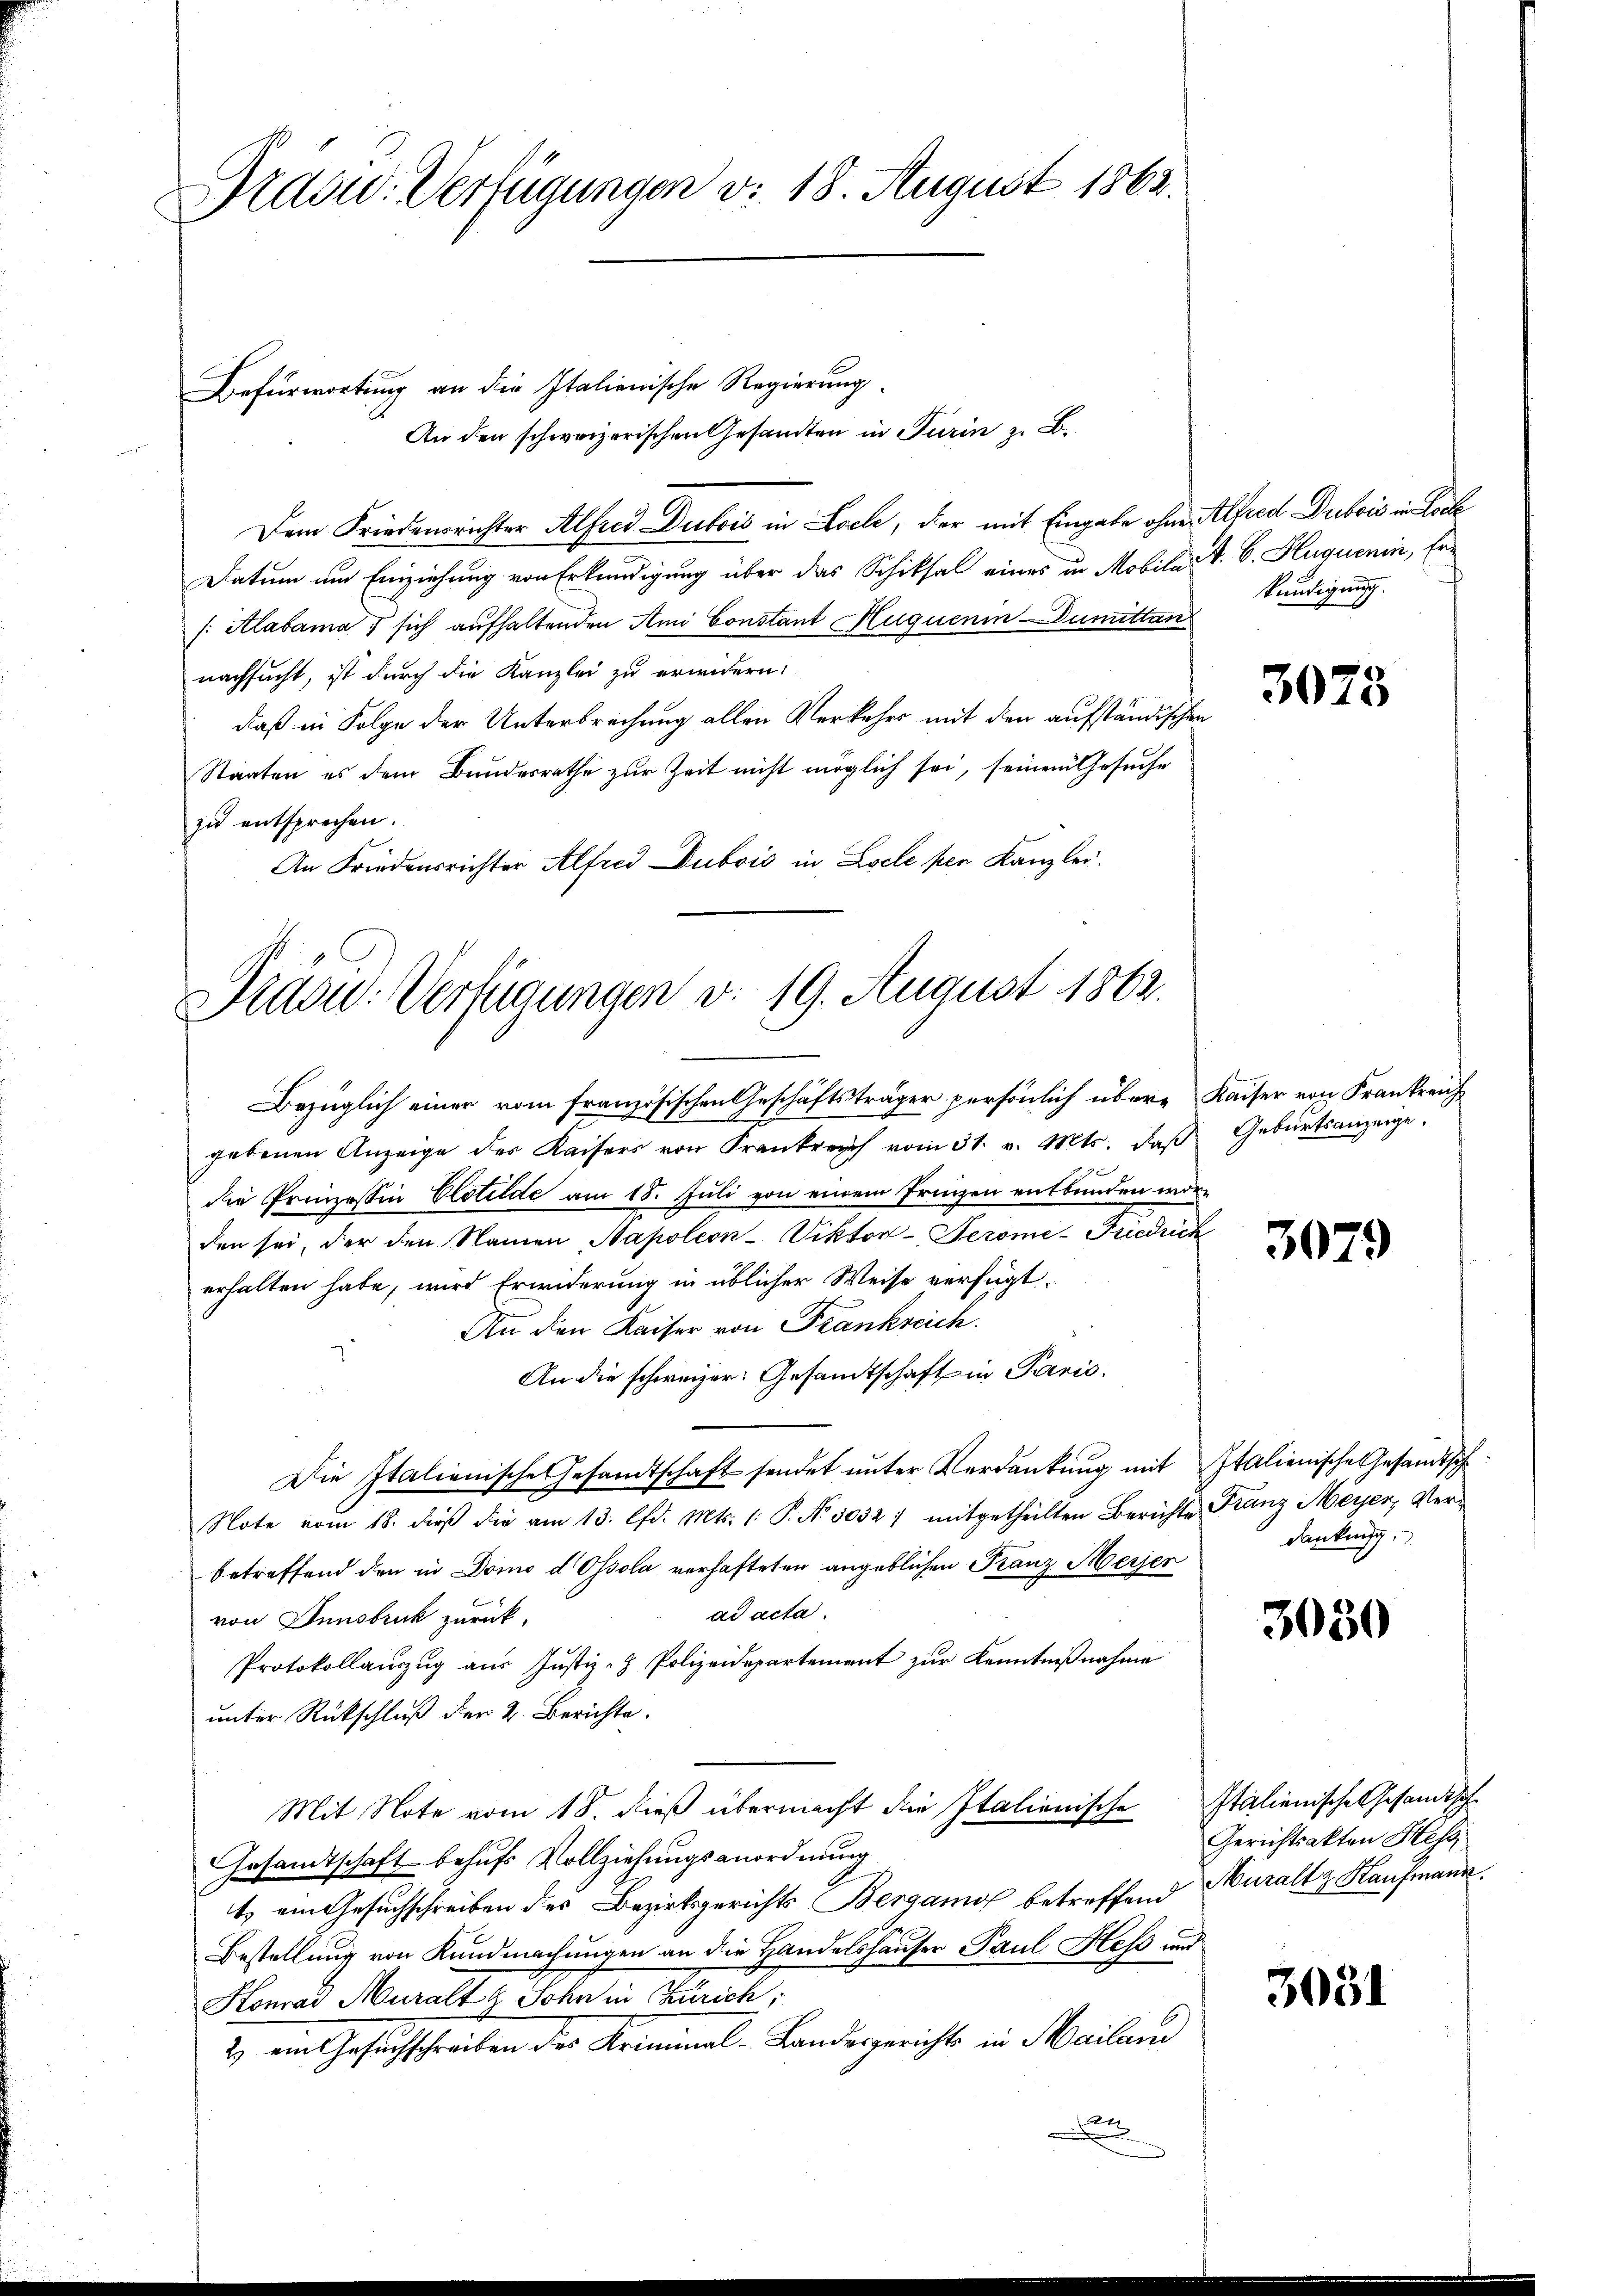
rasu. Verfügungen d. 18. August 1862.

Befürwortung an die Italienische Regierung
An den schweizerischen Gesandten in Turin z. B.
Dem Friedensrichter Alfred Dubois in Loche, dier mit Eingabe ohne Alfred Dubois in Loche
Datum um Einziehung von Erkundigung über das Schiksal eines in Mobila A. B. Huquerin, Er¬
[:Alabama 7 sich aufhaltenden Ami Constant Huquenin-Dumittan
nachsucht, ist durch die Kanzlei zu erwidern:
daß in Folge der Unterbrechung allen Verkehrs mit den aufständischen
Staaten es dem Bundesrathe zur Zeit nicht möglich sei, seinem Gesuche
zu entsprechen.
An Friedensrichter Alfred Dubois in Locle per Kanzlei.

Drdou. Verfügungen v. 19. August 1862.
Bezüglich einer vom französischen Geschäftsträger persönlich übere Kaiser von Frankreich

gebenen Anzeige des Kaisers von Frankreich vom 31. v. Mts. daβ Geburtsanzeige,
die Prinzessin Elotilde am 18. Juli von einem Prinzen entbunden worden sei, der den Namen Napoleon-Viktor-Serome-Friedrich
erhalten habe, wird Erwiderung in üblicher Weise verfügt:
An den Kaiser von Frankreich.
An die schweizer: Gesandtschaft in Paris.
Die Italienische Gesandtschaft sendet unter Verdankŭng mit Italienische Gesandtsch
Note vom 18. dieß die am 13. lfd. Mts. 1: P. Nr. 3052 : mitgetheilten Berichte Franz Meyer, Verbetreffend den in Domo d Ossola verhafteten angeblichen Franz Messer
ad acta.
von Innsbruck zurück.
Protokollauszug aus Justiz- & Polizeidepartement zur Kenntnißnahme
unter Rückschluß der 2. Berichte.
Mit Note vom 18. dieß übermacht die Italienische Italienische Gesandtsche
Gesandtschaft behufs Vollziehungsanordnung
t ein Gesuchschreiben des Bezirksgerichts Bergamo betreffend Muralt & Kaufmann.
Bestellung von Kundmachungen an die Handelshäuser Paul Hess und
Konrad Muralt d. Sohn in Zürich;
2) ein Gesuchschreiben der Kriminal-Landegerichts in Mailan
n

kundigung.

3078

3079

dankung.

3030

Gerichtsakten Hess

3031